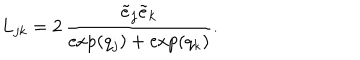
L _ { j k } = 2 \, \frac { \tilde { e } _ { j } \tilde { e } _ { k } } { \exp ( q _ { j } ) + \exp ( q _ { k } ) } .